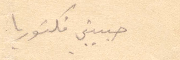
حبيبتي فكتوريا